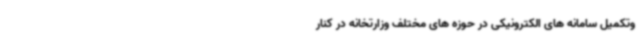
وتکمیل سامانه های الکترونیکی در حوزه های مختلف وزارتخانه در کنار